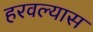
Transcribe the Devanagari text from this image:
हरवल्यास